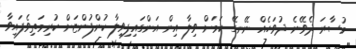
މުސާރަ ދެވޭނެ ދުވަހެއް ނޭނގޭ ކަމަށް ވިލާ އިން އަންގައިފިވިލާ ކުންފުންޏަށް ކުރިމަތިވެފައިވާ